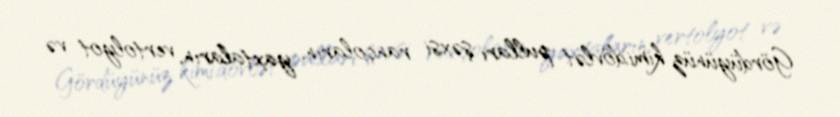
Gördüyünüz kimi,dövlət pulları şəxsi rançoların, yaxtaların, vertolyot və